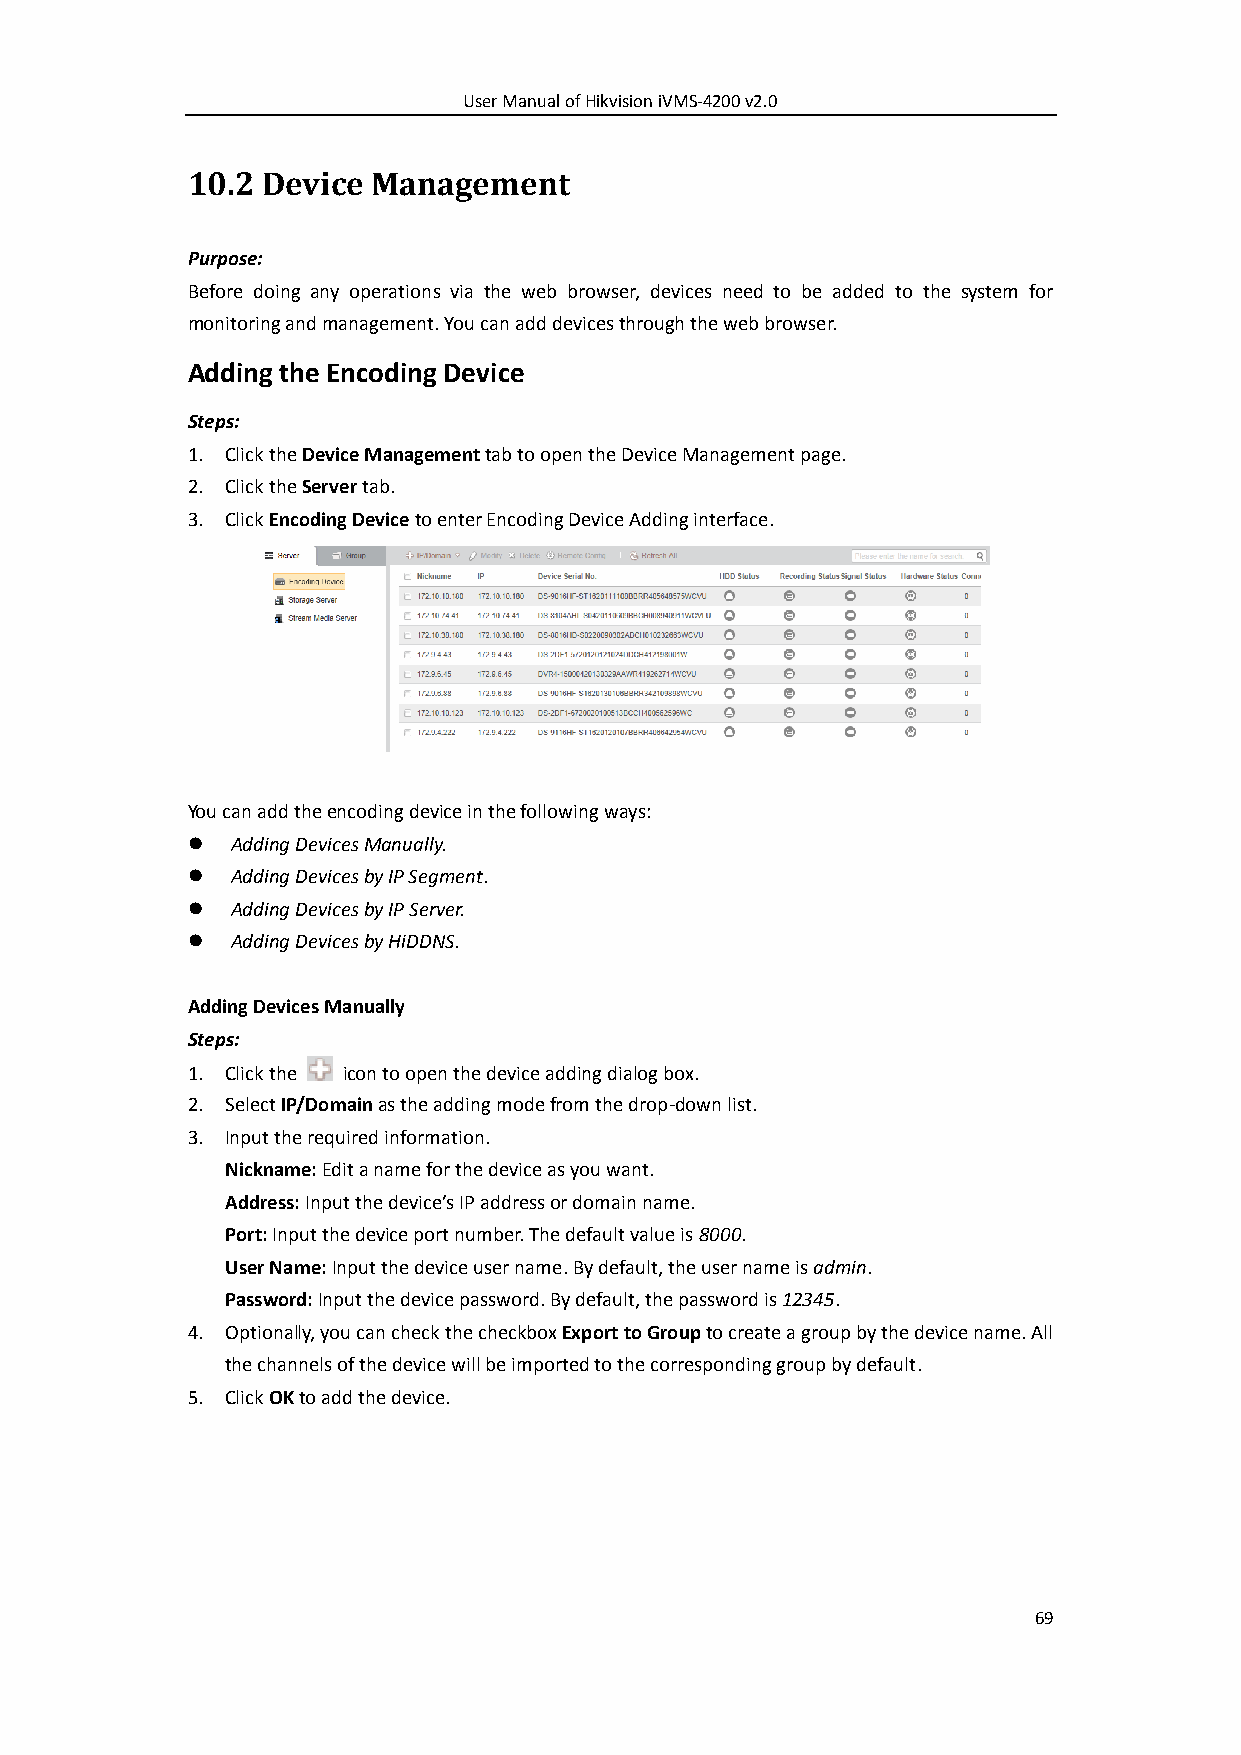
User Manual of Hikvision iVMS-4200 v2.0
 10.2 Device  Management
 Purpose:
 Before doing any operations via the web browser, devices need to be added to the system for
 monitoring and management. You can add devices through the web browser.
 Adding the Encoding Device
 Steps:
 1. Click the Device Management tab to open the Device Management page.
 2. Click the Server tab.
 3. Click Encoding Device to enter Encoding Device Adding interface.
 You can add the encoding device in the following ways:
   Adding Devices Manually.
   Adding Devices by IP Segment.
   Adding Devices by IP Server.
   Adding Devices by HiDDNS.
 Adding Devices Manually
 Steps:
 1. Click the icon to open the device adding dialog box.
 2. Select IP/Domain as the adding mode from the drop-down list.
 3. Input the required information.
 Nickname: Edit a name for the device as you want.
 Address: Input the device’s IP address or domain name.
 Port: Input the device port number. The default value is 8000.
 User Name: Input the device user name. By default, the user name is admin.
 Password: Input the device password. By default, the password is 12345.
 4. Optionally, you can check the checkbox Export to Group to create a group by the device name. All
 the channels of the device will be imported to the corresponding group by default.
 5. Click OK to add the device.
 69